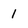
Character: 1